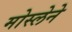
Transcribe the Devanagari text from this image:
मोस्लेने